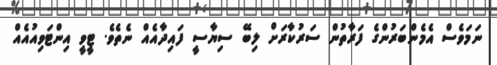
ނަމަވެސް އެމެންބަރުންގެ ފަރާތުން ސަރުކާރަށް ލިބޭ ސިޔާސީ ފައިދާއެއް ނެތެވެ. ޓީވީ އިންޓަވިއުއެއް